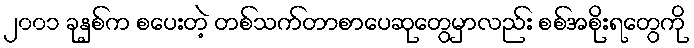
၂၀၀၁ ခုနှစ်က စပေးတဲ့ တစ်သက်တာစာပေဆုတွေမှာလည်း စစ်အစိုးရတွေကို